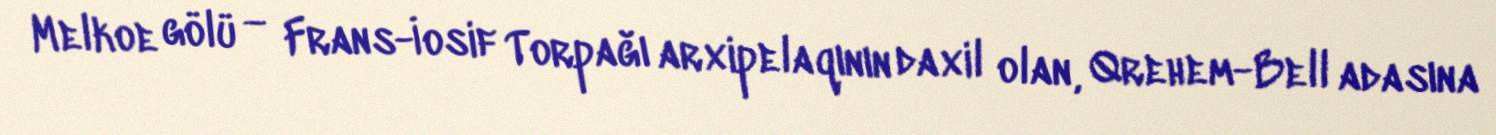
Melkoe gölü — Frans-İosif Torpağı arxipelaqının daxil olan, Qrehem-Bell adasına